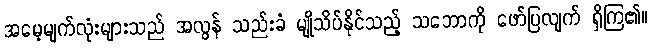
အမေ့မျက်လုံးများသည် အလွန် သည်းခံ မျိုသိပ်နိုင်သည့် သဘောကို ဖော်ပြလျက် ရှိကြ၏။